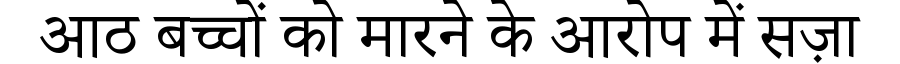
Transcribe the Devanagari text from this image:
आठ बच्चों को मारने के आरोप में सज़ा